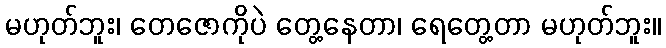
မဟုတ်ဘူး၊ တေဇောကိုပဲ တွေ့နေတာ၊ ရေတွေ့တာ မဟုတ်ဘူး။